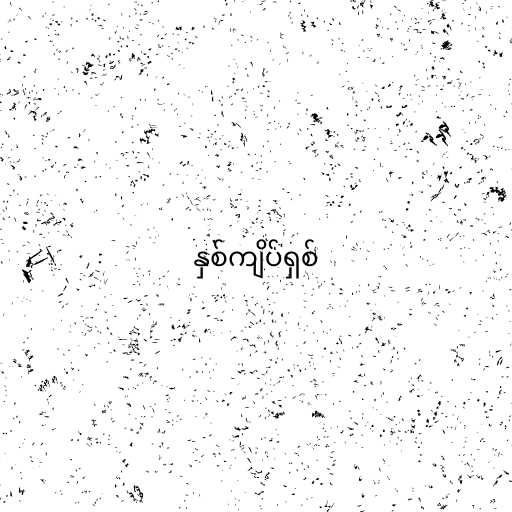
နှစ်ကျိပ်ရှစ်